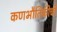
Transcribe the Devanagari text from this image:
कणभौतिकीची